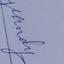
Signature authenticity: genuine